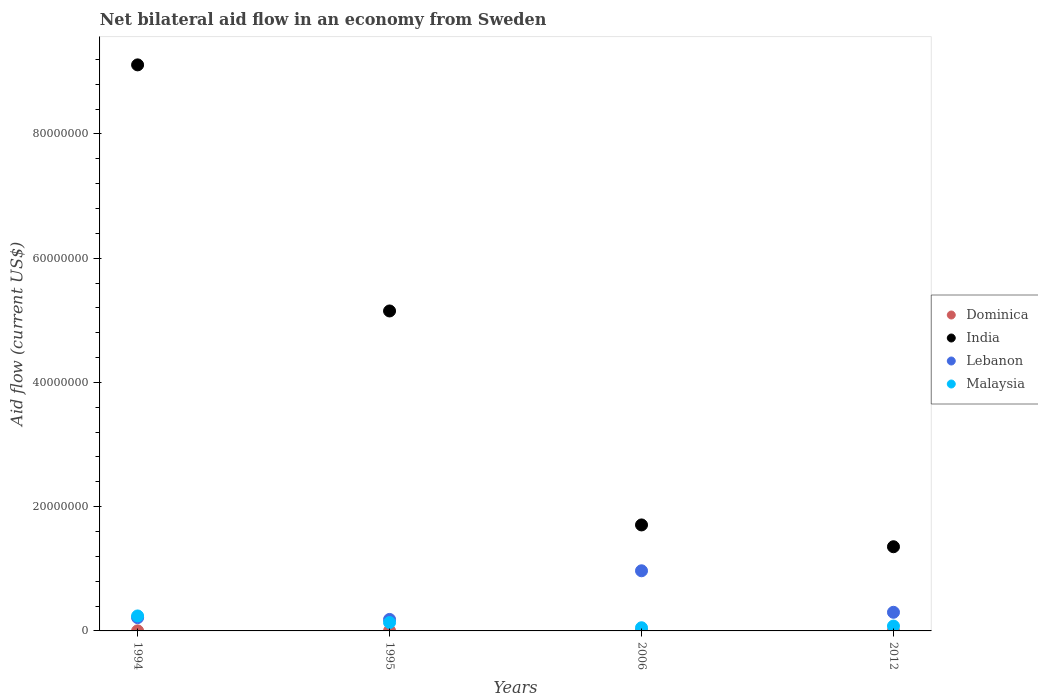
| Years | Dominica | India | Lebanon | Malaysia |
 | --- | --- | --- | --- | --- |
 | 1994 | 1e+04 | 9.11e+07 | 2.14e+06 | 2.41e+06 |
 | 1995 | 2e+04 | 5.15e+07 | 1.85e+06 | 1.35e+06 |
 | 2006 | 3e+04 | 1.71e+07 | 9.68e+06 | 5.1e+05 |
 | 2012 | 2e+04 | 1.36e+07 | 3e+06 | 7.8e+05 |